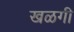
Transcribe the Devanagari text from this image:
खळगी